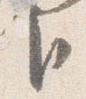
臣